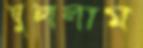
ঘুললাম